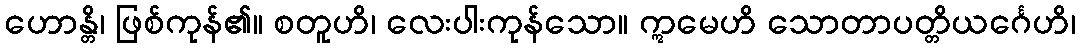
ဟောန္တိ၊ ဖြစ်ကုန်၏။ စတူဟိ၊ လေးပါးကုန်သော။ ဣမေဟိ သောတာပတ္တိယင်္ဂေဟိ၊